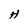
Character: H